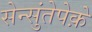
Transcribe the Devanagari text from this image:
सेन्सुंतेपेक़े